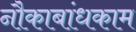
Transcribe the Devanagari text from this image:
नौकाबांधकाम